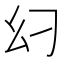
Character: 𢆵